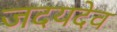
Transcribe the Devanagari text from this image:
जदयदेव